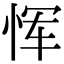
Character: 恽